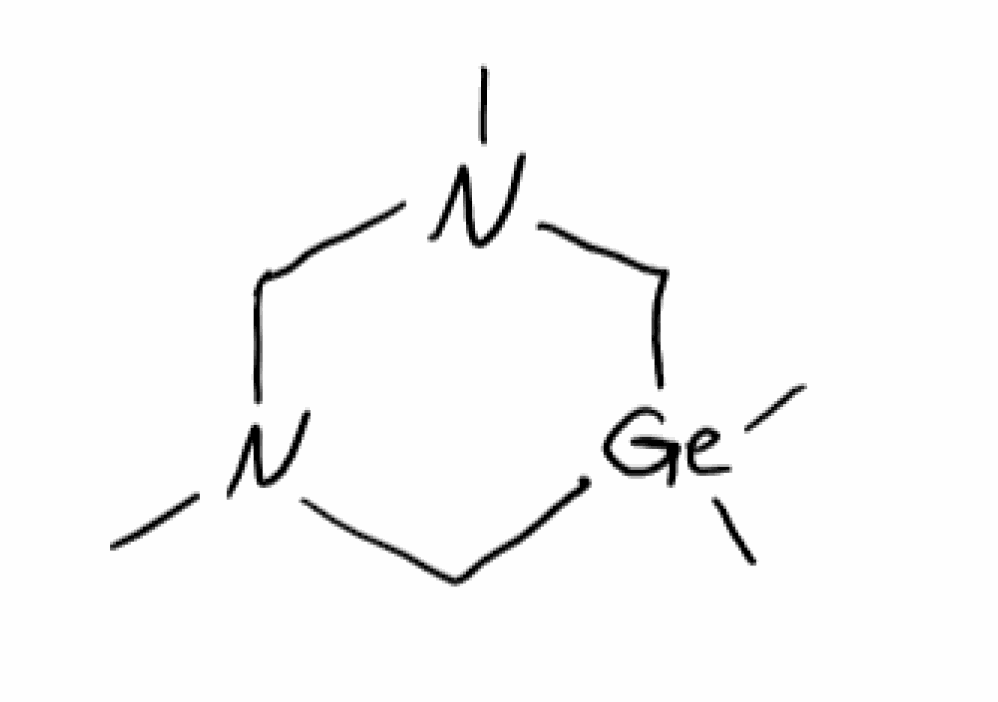
Simplified molecular-input line-entry system (SMILES) notation of the given molecule:
CN1CN(C[Ge](C1)(C)C)C